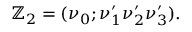
\mathbb { Z } _ { 2 } = ( \nu _ { 0 } ; \nu _ { 1 } ^ { \prime } \nu _ { 2 } ^ { \prime } \nu _ { 3 } ^ { \prime } ) .